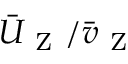
\bar { U } _ { \mathrm { ~ Z ~ } } / \bar { v } _ { \mathrm { ~ Z ~ } }